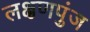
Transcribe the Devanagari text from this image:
लक्षणपुंज